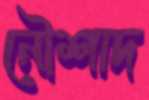
নৌশাদ